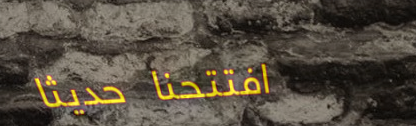
افتتحنا حديثاً